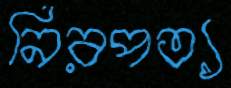
নিরপত্য